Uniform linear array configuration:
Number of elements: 4
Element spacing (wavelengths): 0.5
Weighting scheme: hamming
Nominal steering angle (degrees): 60
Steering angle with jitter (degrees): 59.461
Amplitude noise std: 0.05
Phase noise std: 0.05

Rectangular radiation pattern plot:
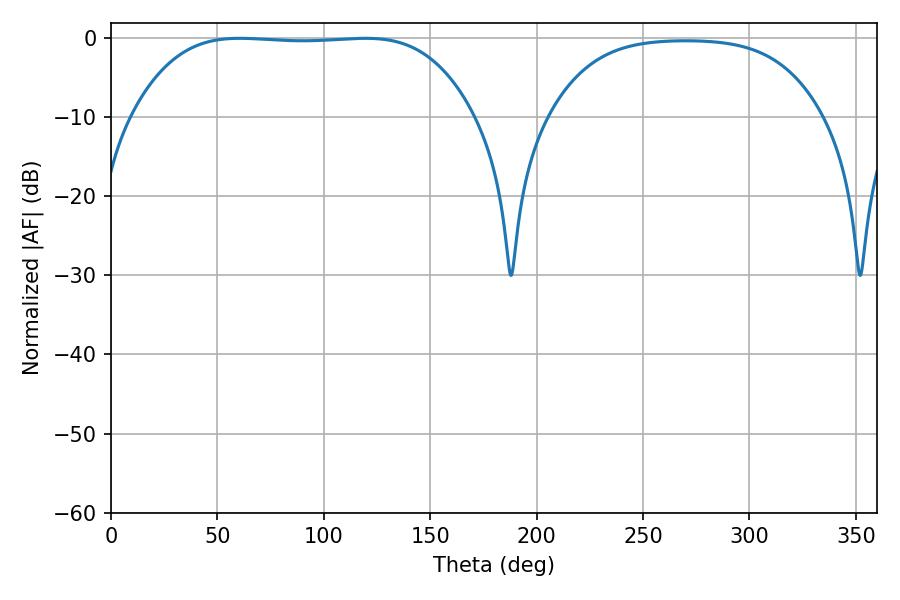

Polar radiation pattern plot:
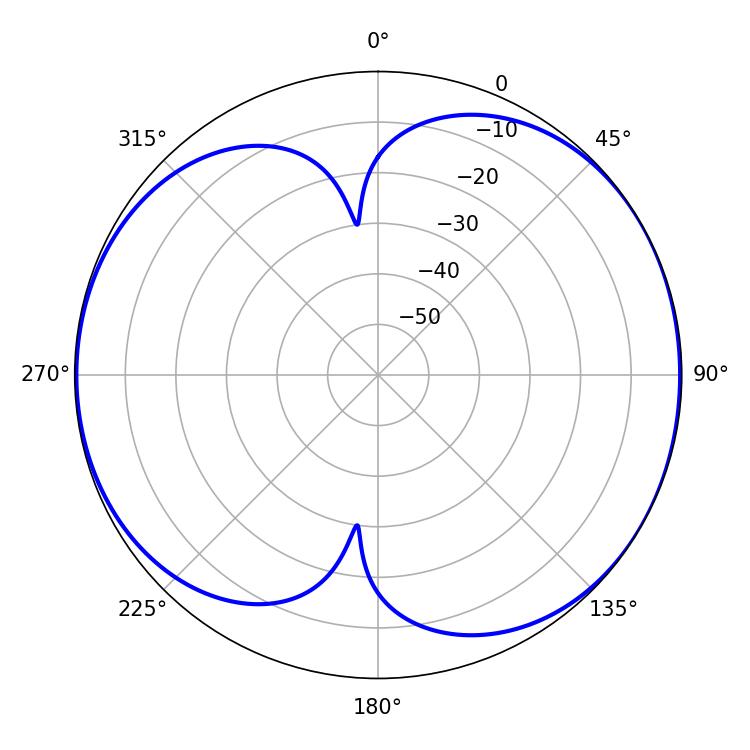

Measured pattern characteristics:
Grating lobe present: FALSE
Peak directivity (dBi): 6.583
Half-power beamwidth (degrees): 124.2
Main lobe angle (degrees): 60.48